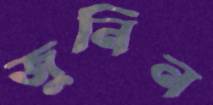
জুনিন